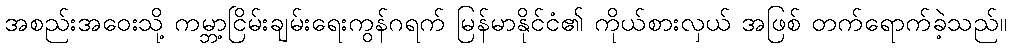
အစည်းအဝေးသို့ ကမ္ဘာ့ငြိမ်းချမ်းရေးကွန်ဂရက် မြန်မာနိုင်ငံ၏ ကိုယ်စားလှယ် အဖြစ် တက်ရောက်ခဲ့သည်။